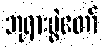
ဘုရားပွဲတော်